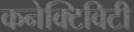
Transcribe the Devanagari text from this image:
कनेक्‍टिविटी